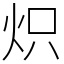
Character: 炽